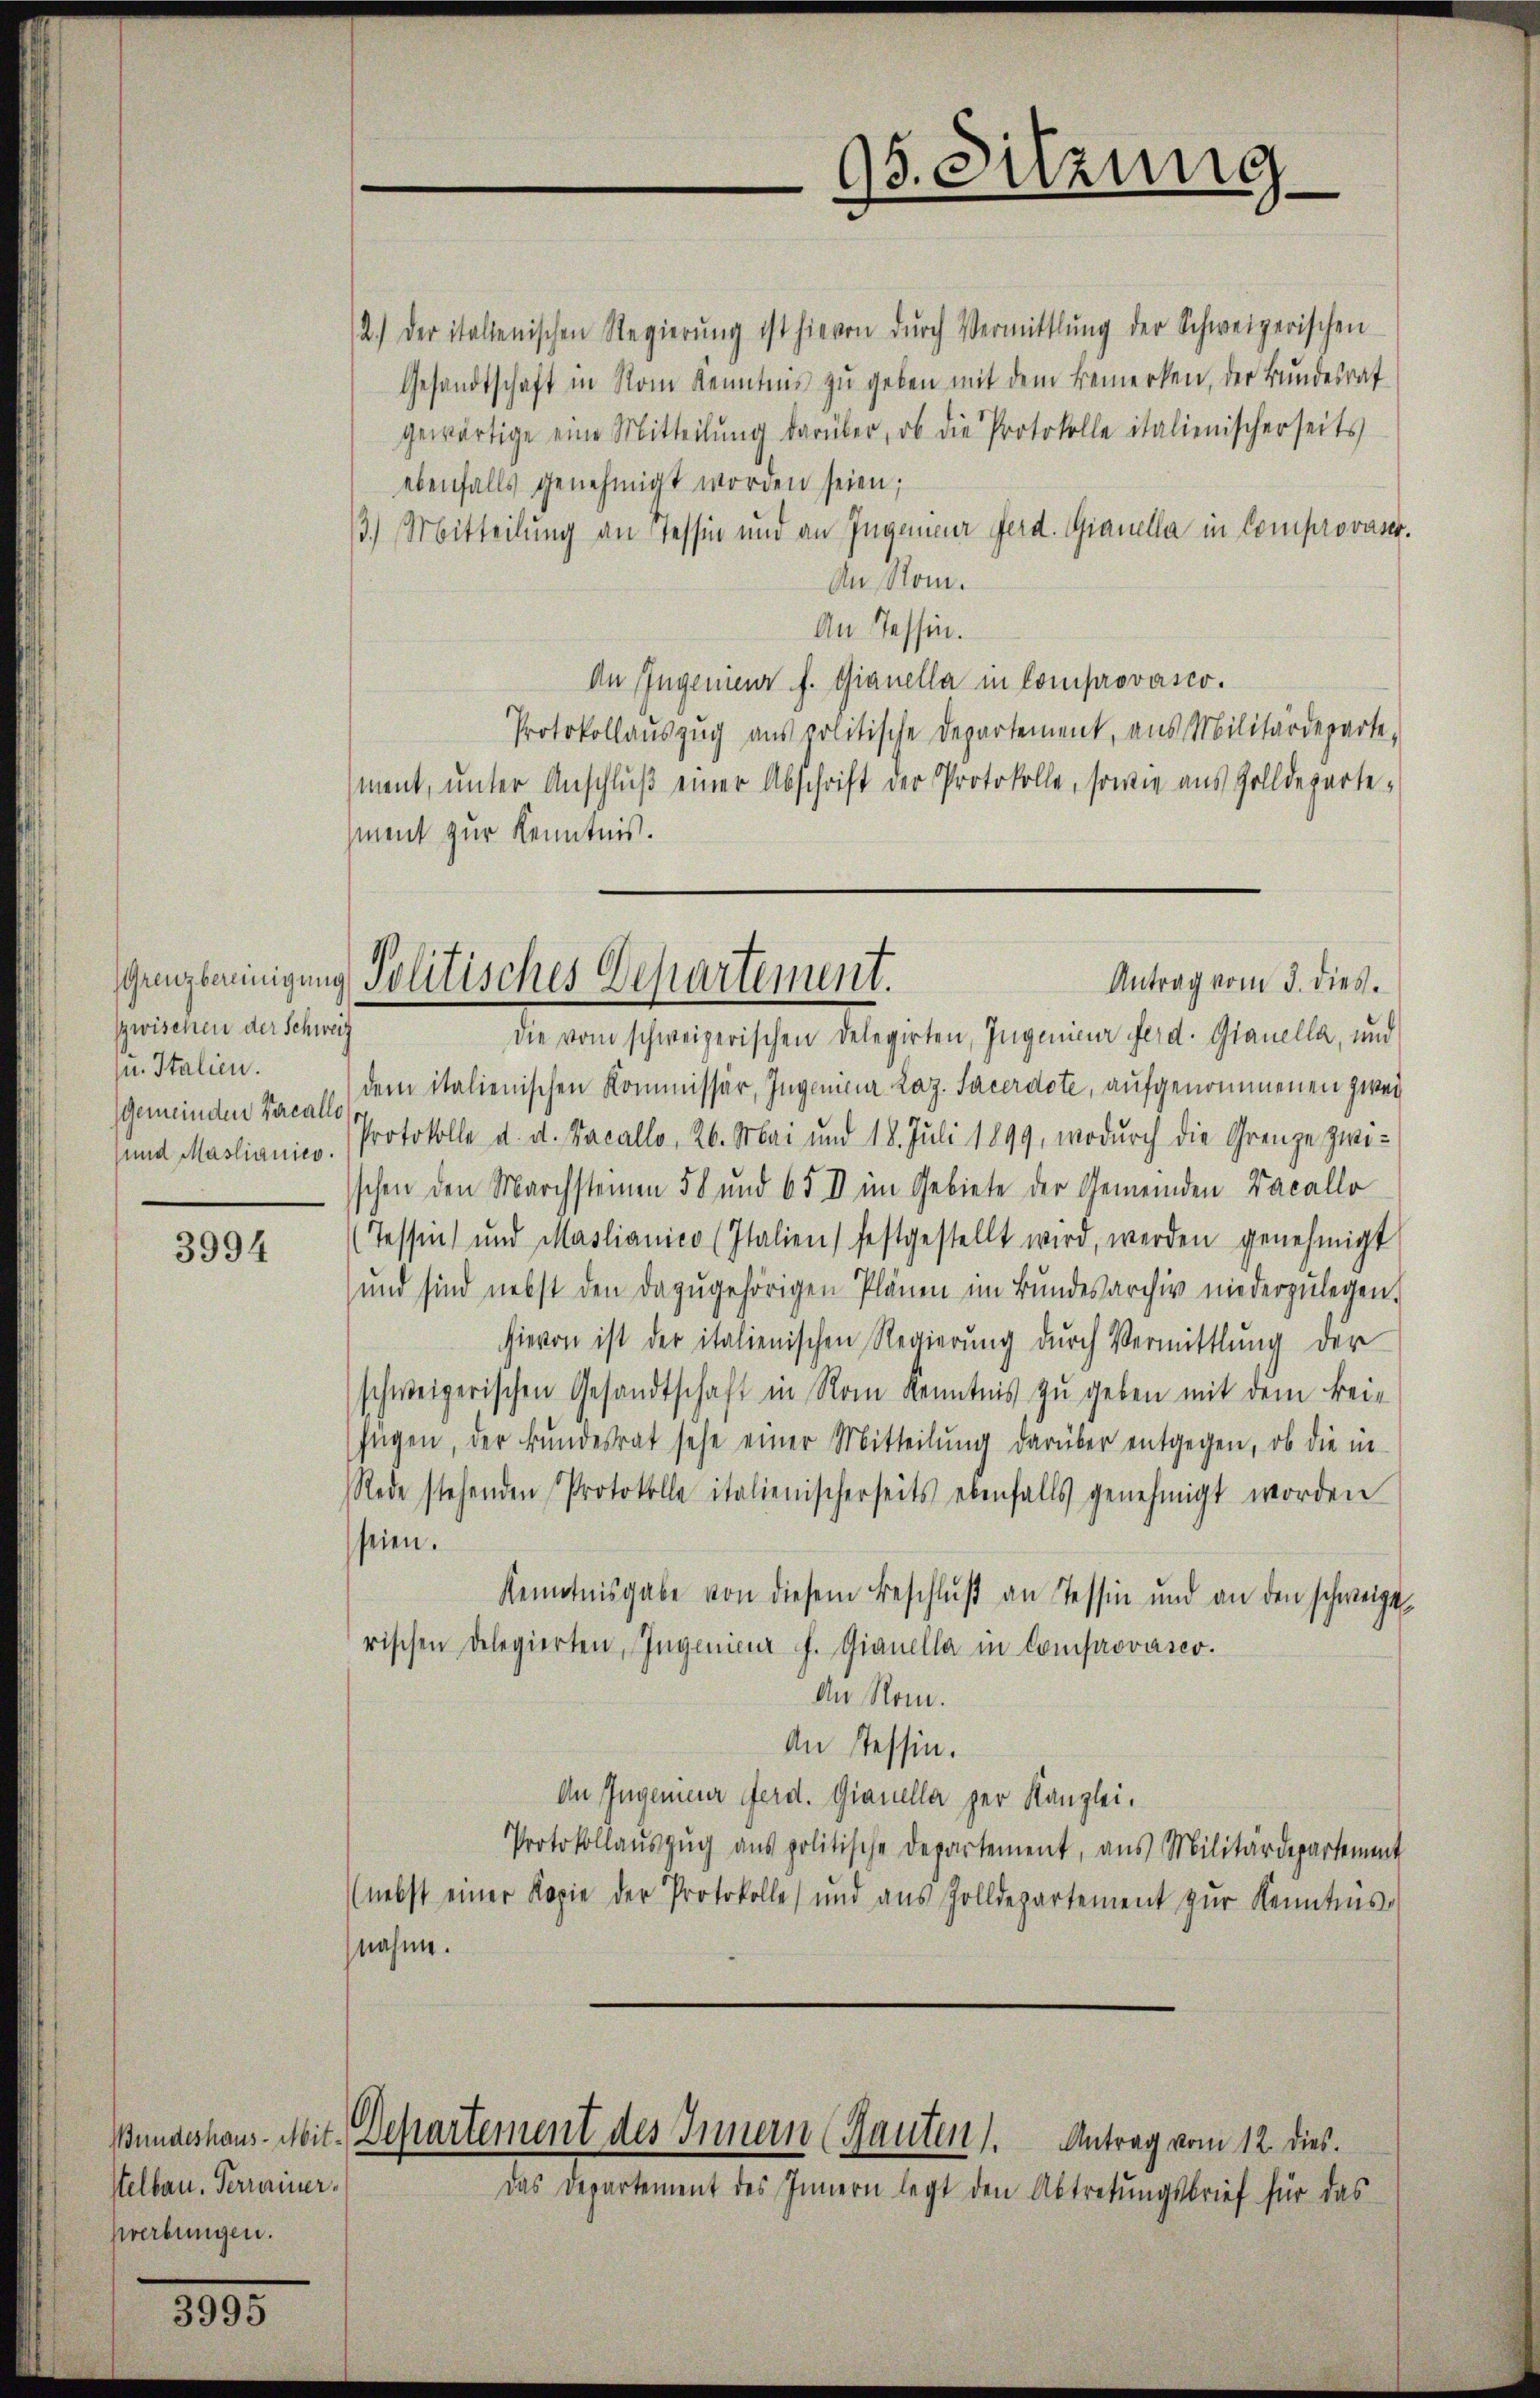
Grenzbereinigung
Zwischen der Schweiz
u. Italien.
Gemeinden Vacallo
und Mastianico.

3994

stelbau. Terrainer,
werbungen.

3805.

Politisches Departement.
Antrag vom 3. dies.

2.) Der itallenischen Regierŭng ist hievon dŭrch Vermittlung der Schweizerischen
Gesandtschaft in vom Kenntnis zŭ geben mit dem Bemerken, der Bundesrat
gewärtige eine Mitteilŭng darüber, ob die Protokolle italienischerseits
ebenfalls genehmigt worden seien;
3.) Mitteilung an Tessin und an Ingeneur Ferd. Gianella in Comprovastr.
An Rom.
An Tessin.
An Ingenieur f. Gianella in Comprovasco.
Protokollauszug aus politische Departement, aus Militärdeparte-
ment, ŭnter Anschlŭβ einer Abschrift der Protokolle, sowie aus Zolldeparte
ment zur Kenntnis.
Die vom schweizerischen Delegirten, Ingenieur Ferd. Gianella, und
dem italienischen Kommissär, Ingenieur Laz. Sacerdote, aufgenommenen zwei
Protokolle d. d. Facallo, 26. Mai und 18. Juli 1899, wodurch die Grenze zwischen den Marchsteinen 58 und 65 I im Gebiete der Gemeinden Facallo
(Tessin und Mastianico (Italien) festgestellt wird, werden genehmigt
und sind nebst den dazugehörigen Plänen im Bundesarchiv niederzulegen.
hievon ist der italienischen Regierŭng dŭrch Vermittlung der
schweizerischen Gesandtschaft in Rom Kenntnis zu geben mit dem Beifügen, der Bundesrat sehe einer Mitteilung darüber entgegen, ob die in
Rede stehenden Protokolle italienischerseits ebenfalls genehmigt worden
seien.
Kenntnisgabe von diesem Beschluß an Tessin und an den schweige
rischen Delegierten, Ingenieur f. Gianella in Comprovasco.
An Rom.
An Tessin.
An Ingenieur Ferd. Gianella per Kanzlei.
Protokollaŭszŭg aŭs politische Departement, aus Militärdepartement
(nebst einer Kopie der Protokolle, und aus Zolldepartement zur Kenntnis
nahme.
Bundeshaus. Mit-Departement des Innern (Hauten). Antrag vom 12. dies.
Das Departement des Innern legt den Abtretungsbrief für das

95. Sitzung